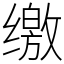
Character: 缴